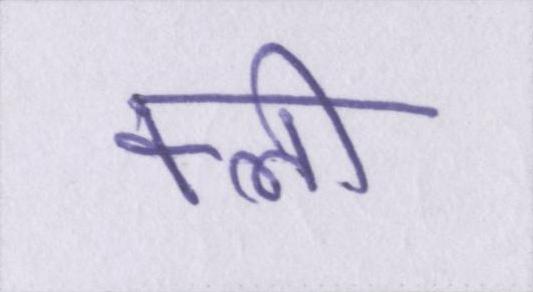
क्ली